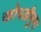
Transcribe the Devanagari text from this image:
खोपडीनुमा